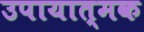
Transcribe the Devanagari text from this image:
उपायात्मक